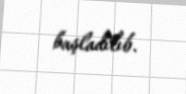
başladılıb.